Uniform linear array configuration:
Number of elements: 32
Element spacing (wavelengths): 1
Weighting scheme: blackman
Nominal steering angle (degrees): -30
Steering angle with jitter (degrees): -28.857
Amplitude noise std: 0.05
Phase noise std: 0.05

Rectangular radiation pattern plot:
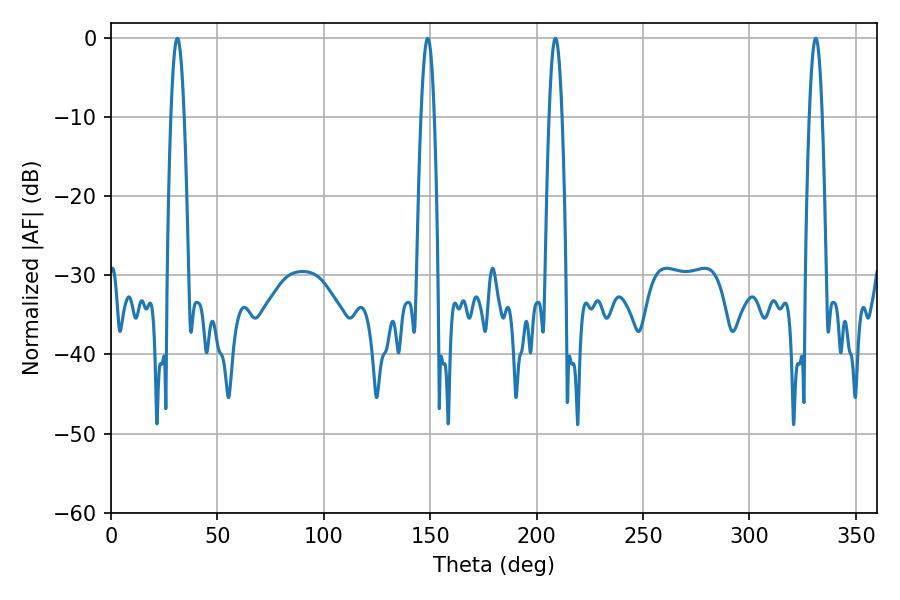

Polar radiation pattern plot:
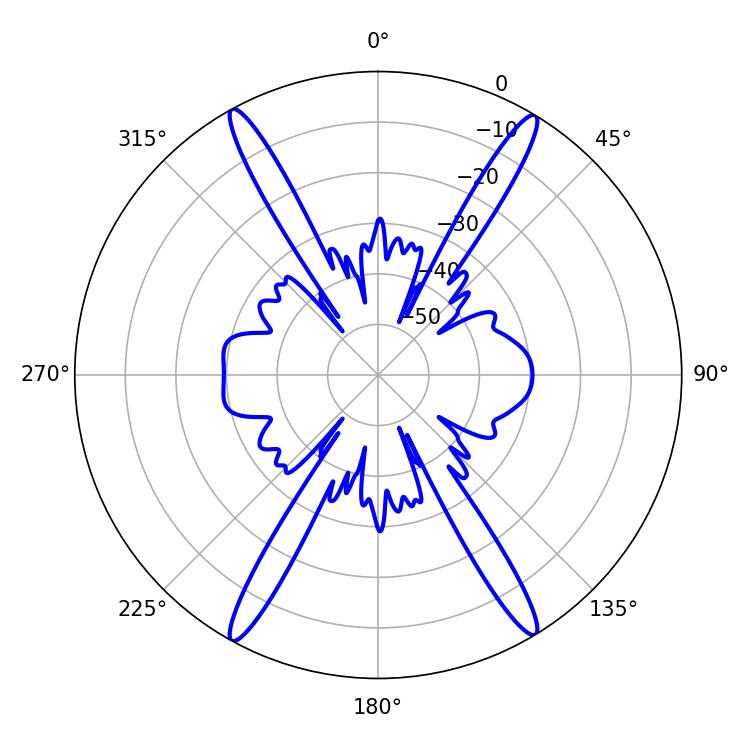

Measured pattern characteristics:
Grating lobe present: TRUE
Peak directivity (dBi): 25.313
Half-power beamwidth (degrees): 3.42
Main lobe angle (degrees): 31.14